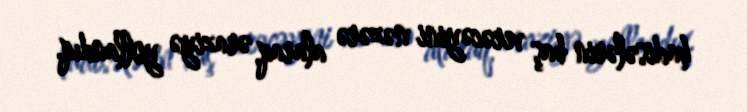
hadisələrin baş verəcəyini nəzərə alaraq, əraziyə yollandıq.